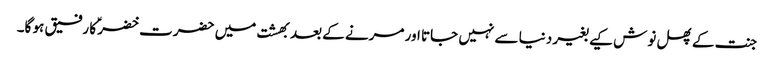
جنت کے پھل نوش کیے بغیر دنیا سے نہیں جاتا اور مرنے کے بعد بھشت میں حضرت خضرؑ کا رفیق ہو گا۔